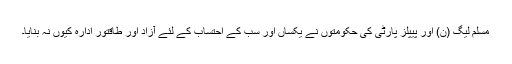
مسلم لیگ (ن) اور پیپلز پارٹی کی حکومتوں نے یکساں اور سب کے احتساب کے لئے آزاد اور طاقتور ادارہ کیوں نہ بنایا۔